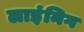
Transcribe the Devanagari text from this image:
लाइंनिग